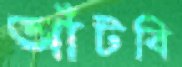
আঁটবি